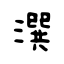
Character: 潠